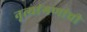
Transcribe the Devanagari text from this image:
नृत्यांगणांची